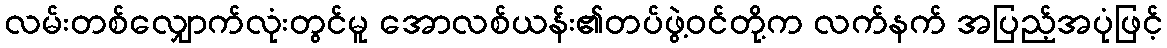
လမ်းတစ်လျှောက်လုံးတွင်မူ အောလစ်ယန်း၏တပ်ဖွဲ့ဝင်တို့က လက်နက် အပြည့်အပုံဖြင့်